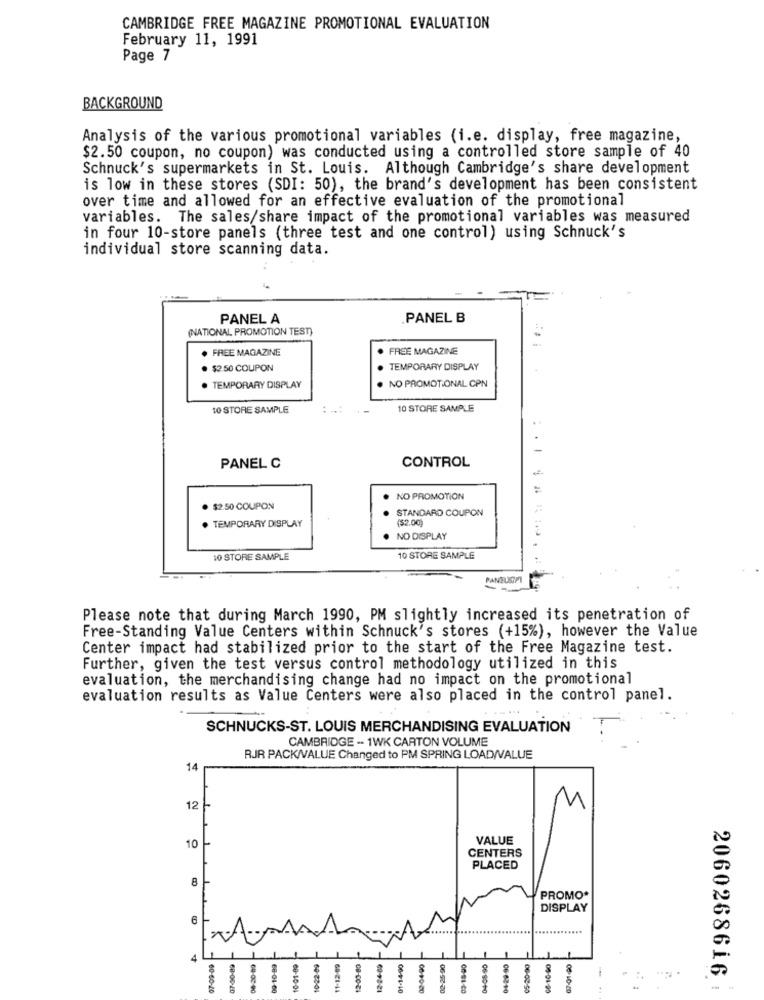
CAMBRIDGE FREE MAGAZINE PROMOTIONAL EVALUATION
February 11, 1991
Page 7
BACKGROUND
Analysis of the various promotional variables (i.e. display, free magazine,
$2.50 coupon, no coupon) was conducted using a controlled store sample of 40
Schnuck's supermarkets in St. Louis. Although Cambridge's share development
is low in these stores (SDI: 50), the brand's development has been consistent
over time and allowed for an effective evaluation of the promotional
variables. The sales/share impact of the promotional variables was measured
in four 10-store panels (three test and one control) using Schnuck's
individual store scanning data.
. ..
PANEL A
.PANEL B
(NATIONAL PROMOTION TEST)
FREE MAGAZINE
FREE MAGAZINE
$2 50 COUPON
TEMPORARY DISPLAY
. TEMPORARY DISPLAY
NO PROMOTIONAL CPN
10 STORE SAMPLE
10 STORE SAMPLE
-
CONTROL
PANEL C
:
NO PROMOTION
$2.50 COUPON
STANDARD COUPON
.
(52.00)
. TEMPORARY DISPLAY
NO DISPLAY
10 STORE SAMPLE
10 STORE SAMPLE
PANELS/T
Please note that during March 1990, PM slightly increased its penetration of
Free-Standing Value Centers within Schnuck's stores (+15%), however the Value
Center impact had stabilized prior to the start of the Free Magazine test.
Further, given the test versus control methodology utilized in this
evaluation, the merchandising change had no impact on the promotional
evaluation results as Value Centers were also placed in the control panel.
SCHNUCKS-ST. LOUIS MERCHANDISING EVALUATION
CAMBRIDGE -- 1WK CARTON VOLUME
RJR PACK/VALUE Changed to PM SPRING LOAD/VALUE
14
12
VALUE
10
CENTERS
PLACED
8
PROMO*
DISPLAY
6
4
10-22-09
12-24-80
01-14-90
02-25-90
06-10-40
2060268616
60-60-20
68-06-40
68-04-00
60-10-04
00-10-20
00-01-20
06-80-10
06-62-10
08-10-20